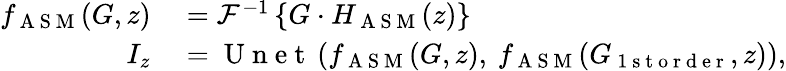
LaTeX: \begin{array}{rl}{f_{\mathrm{~A~S~M~}}(G,z)}&{{}=\mathcal{F}^{-1}\left\{ G\cdot H_{\mathrm{~A~S~M~}}(z)\right\} }\\ {I_{z}}&{{}=\mathrm{~U~n~e~t~}\left(f_{\mathrm{~A~S~M~}}(G,z),\: f_{\mathrm{~A~S~M~}}(G_{\mathrm{~1~s~t~o~r~d~e~r~}},z)\right),}\end{array}